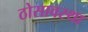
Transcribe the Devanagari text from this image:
ठोसावस्था